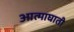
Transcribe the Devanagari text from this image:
आत्माघाती